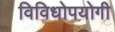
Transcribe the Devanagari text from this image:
विविधोपयोगी